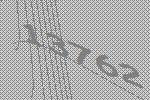
13762